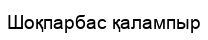
Шоқпарбас қалампыр